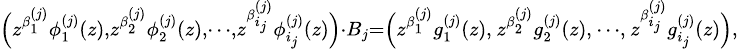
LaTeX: {\scriptstyle\Big(z^{\beta_{1}^{(j)}}\phi_{1}^{(j)}(z),z^{\beta_{2}^{(j)}}\phi_{2}^{(j)}(z),\cdots,z^{\beta_{i_{j}}^{(j)}}\phi_{i_{j}}^{(j)}(z)\Big)\cdot B_{j}=\Big(z^{\beta_{1}^{(j)}}g_{1}^{(j)}(z),\, z^{\beta_{2}^{(j)}}g_{2}^{(j)}(z),\, \cdots,\, z^{\beta_{i_{j}}^{(j)}}g_{i_{j}}^{(j)}(z)\Big),}